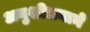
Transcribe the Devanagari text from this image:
अनुशीलनाने